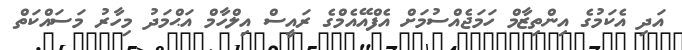
އަދި އެކަމުގެ އިންތިޒާމް ހަމަޖެއްސުމަށް އެފްއޭއެމްގެ ރައީސް އިލްހާމް އަަޙްމަދު މިހާރު މަސައްކަތް